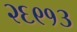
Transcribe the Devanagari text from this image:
२६९१३